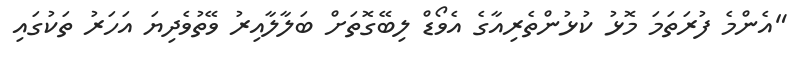
"އެންމެ ފުރަތަމަ މޮޅު ކުޅުންތެރިއާގެ އެވޯޑް ލިބޭގޮތަށް ބަލާލާއިރު ވޭތުވެދިޔަ އަހަރު ތަކުގައި